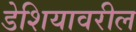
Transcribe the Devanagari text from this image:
डेशियावरील